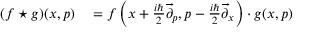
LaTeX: \begin{array} { r l } { ( f \star g ) ( x , p ) } & { { } = f \left( x + { \frac { i \hbar } { 2 } } { \overrightarrow { \partial } } _ { p } , p - { \frac { i \hbar } { 2 } } { \overrightarrow { \partial } } _ { x } \right) \cdot g ( x , p ) } \end{array}